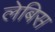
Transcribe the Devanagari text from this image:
लेबिस